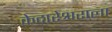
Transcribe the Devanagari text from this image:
केदारेश्वराला